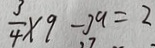
\frac { 3 } { 4 } \times 9 - 3 a = 2